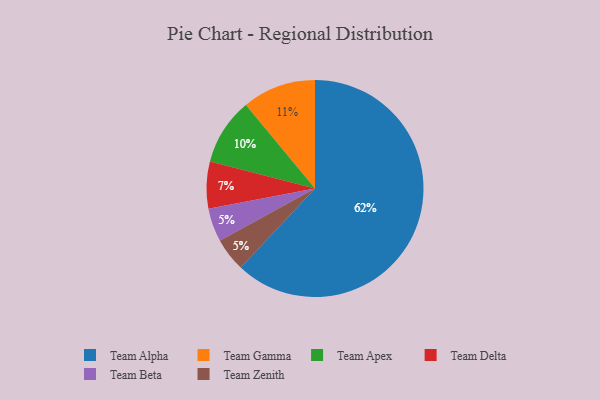
{"axis": {"x": "Category", "y": "Percentage"}, "legend": ["Team Alpha", "Team Apex", "Team Beta", "Team Delta", "Team Gamma", "Team Zenith"], "data": [{"x": "Team Gamma", "y": 11, "type": "Team Gamma"}, {"x": "Team Beta", "y": 5, "type": "Team Beta"}, {"x": "Team Zenith", "y": 5, "type": "Team Zenith"}, {"x": "Team Alpha", "y": 62, "type": "Team Alpha"}, {"x": "Team Delta", "y": 7, "type": "Team Delta"}, {"x": "Team Apex", "y": 10, "type": "Team Apex"}]}